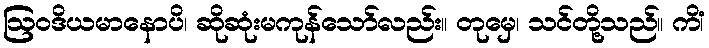
ဩဝဒိယမာနောပိ၊ ဆိုဆုံးမကုန်သော်လည်း။ တုမှေ၊ သင်တို့သည်။ ကိံ၊